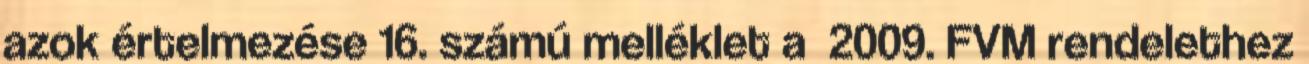
azok értelmezése 16. számú melléklet a 2009. FVM rendelethez